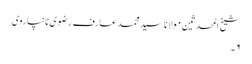
شیخ المحدثین مولانا سید محمد عارف رضوی نانپاروی
۶۔